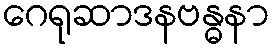
ဂေရုဆာဒနဗန္ဓနာ